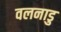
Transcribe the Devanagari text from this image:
वलनाडु